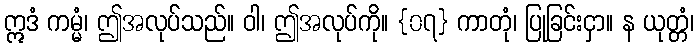
ဣဒံ ကမ္မံ၊ ဤအလုပ်သည်။ ဝါ၊ ဤအလုပ်ကို။ {၀၇} ကာတုံ၊ ပြုခြင်းငှာ။ န ယုတ္တံ၊